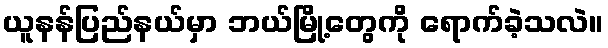
ယူနန်ပြည်နယ်မှာ ဘယ်မြို့တွေကို ရောက်ခဲ့သလဲ။